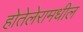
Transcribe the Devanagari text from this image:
होतेलेरामधील